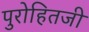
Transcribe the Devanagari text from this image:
पुरोहितजी